画像に写った文字を読んでください
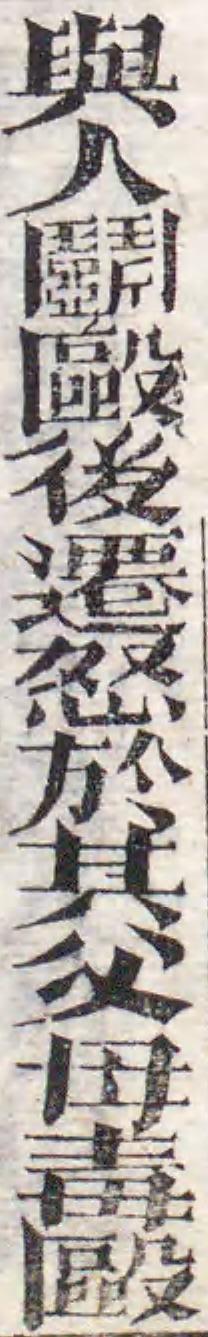
「與人鬭毆後遷怒於其父母毒毆」と書いてあります